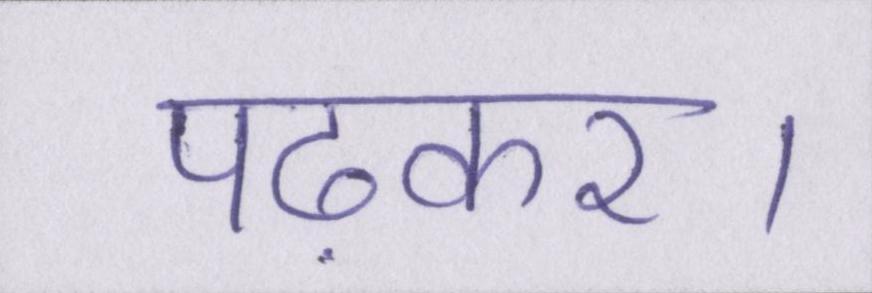
पढ़कर।